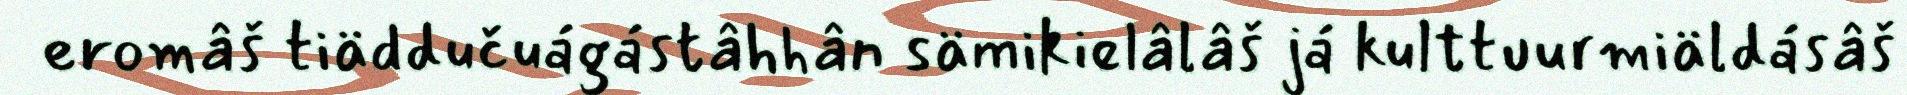
eromâš tiäddučuágástâhhân sämikielâlâš já kulttuurmiäldásâš